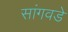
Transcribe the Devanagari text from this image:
सांगवडे